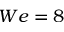
W e = 8